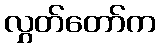
လွှတ်တော်က